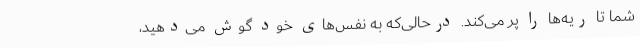
شما تا ریه‌ها را پر می‌کند. درحالی‌که به نفس‌های خود گوش می‌دهید،